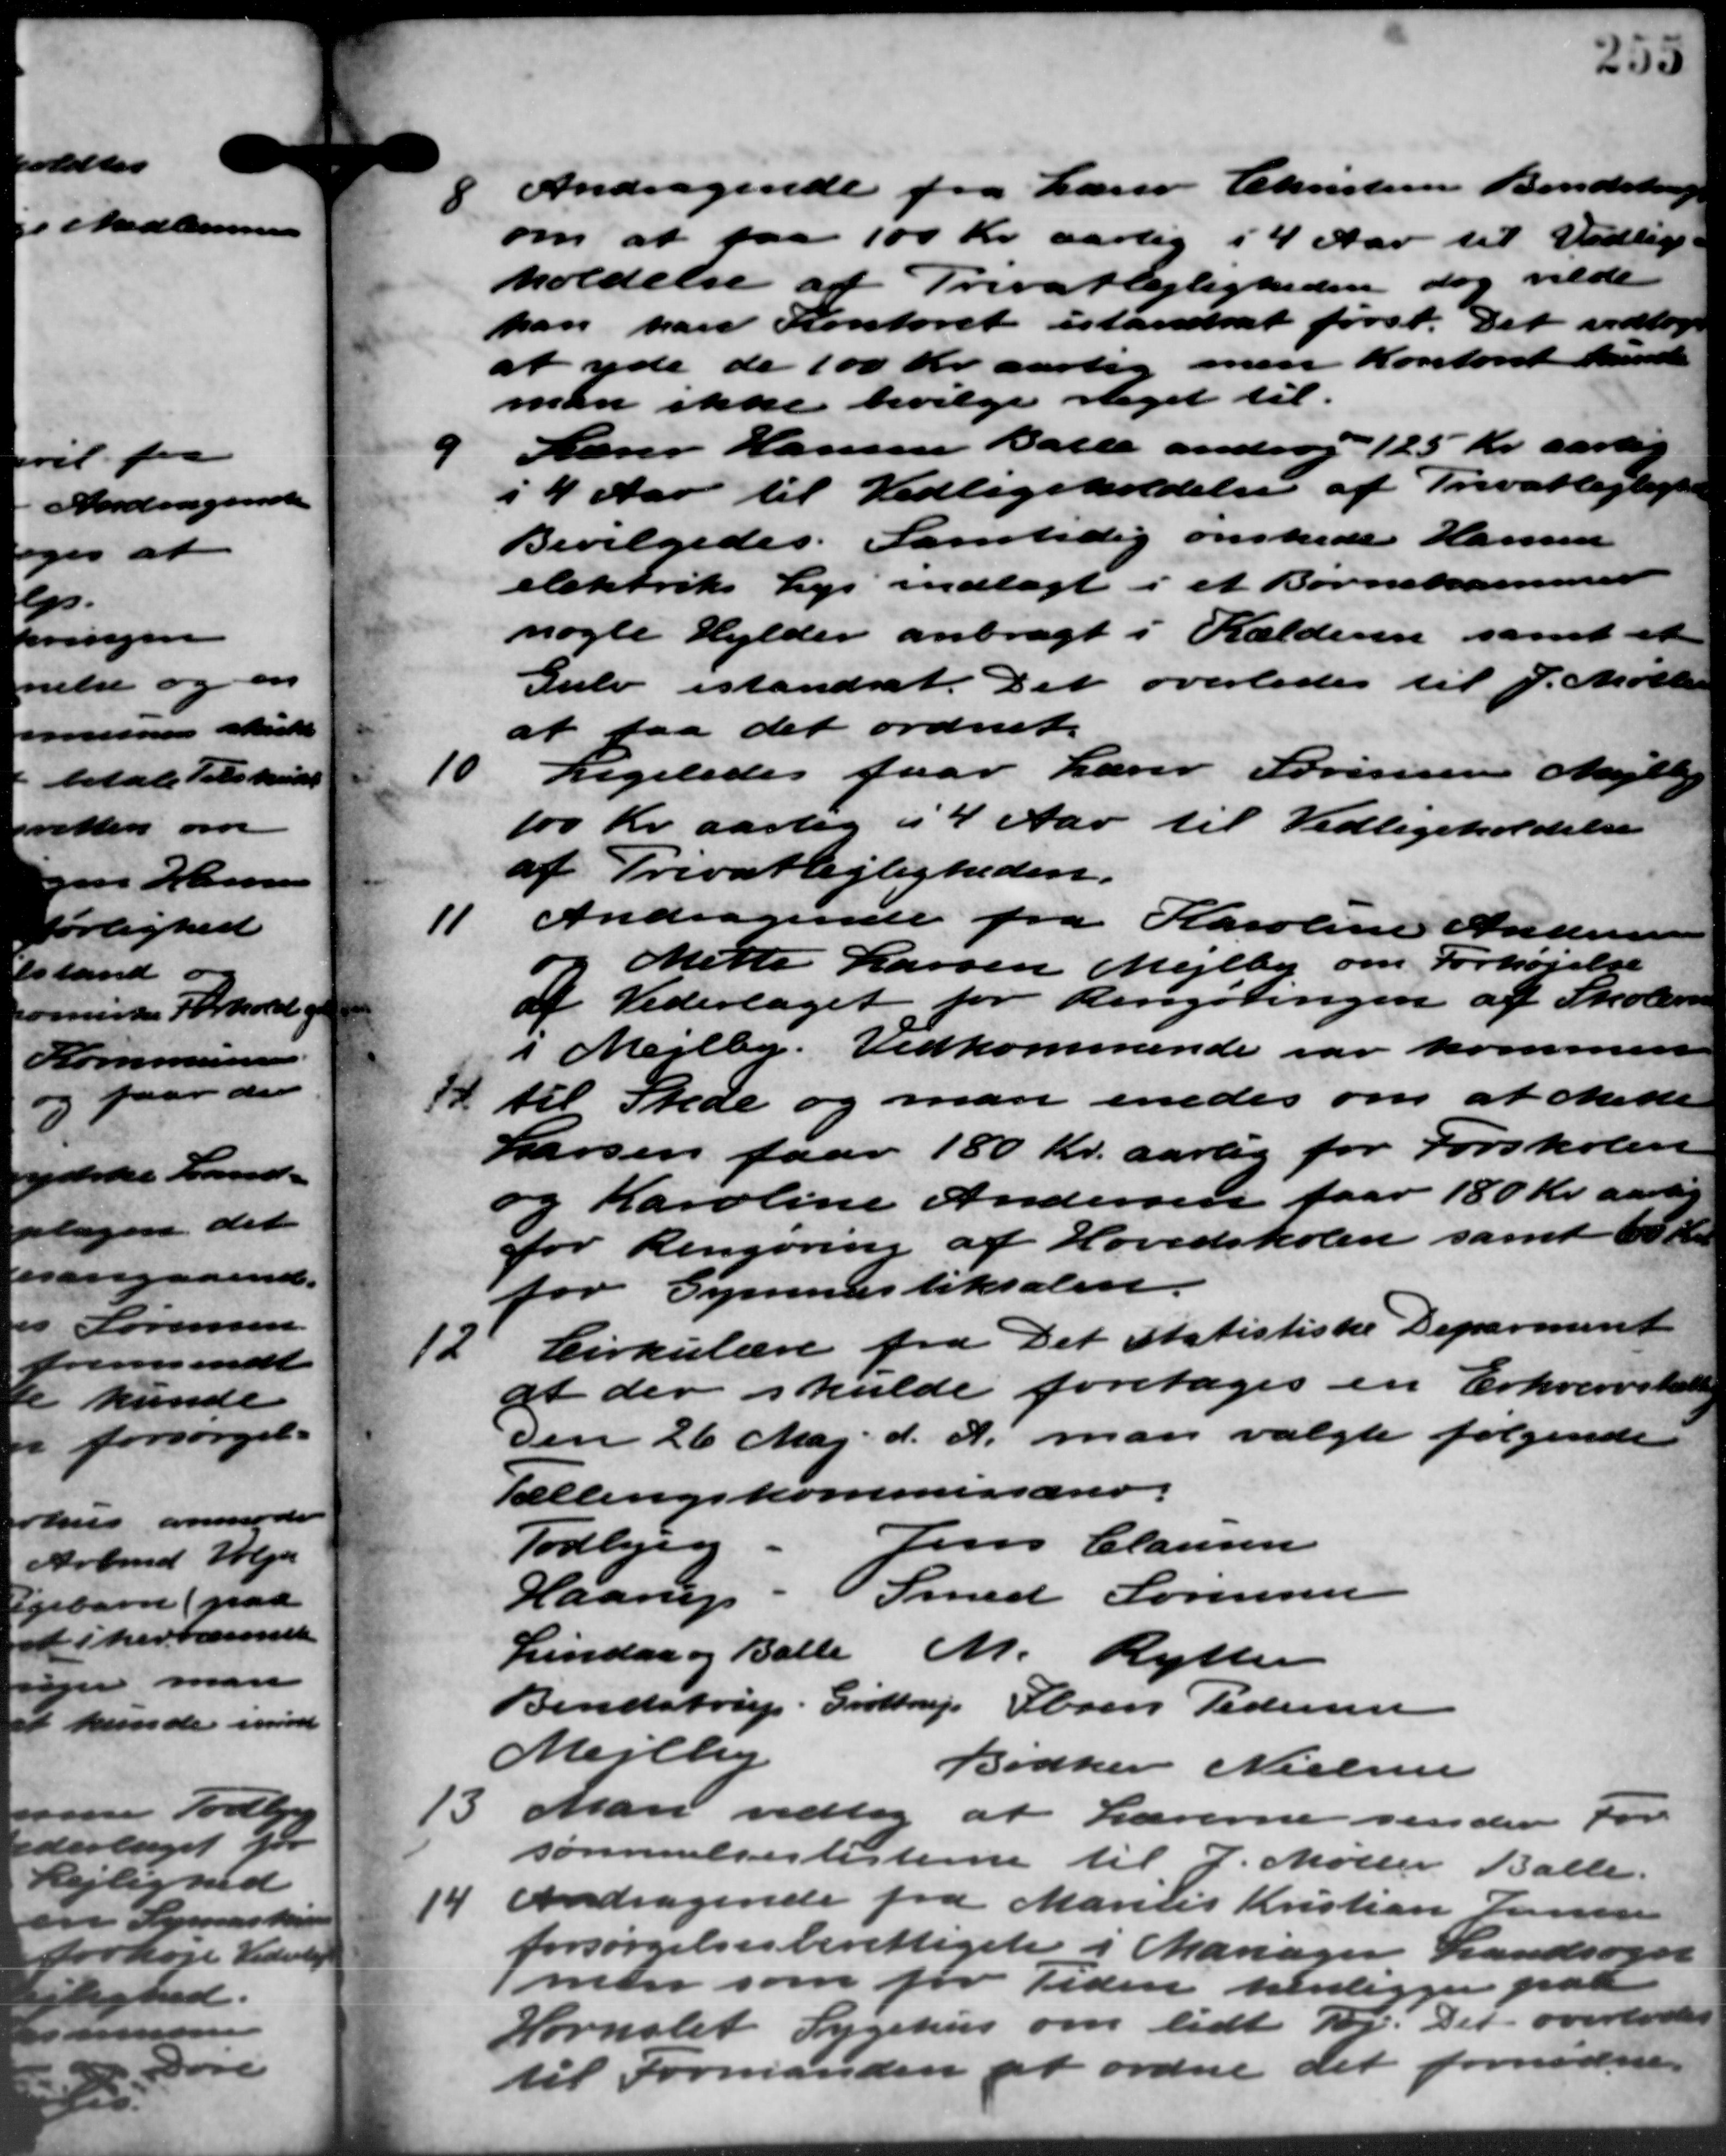
Transskription:
8 Andragende fra Lærer Christensen Bendstrup
8 Andragende fra Lærer Christensen Bendstrup
om at faa 100 Kr. aarlig i 4 Aar til Vedlige
holdelse af Privatlejligheden dog vilde
kan han Kontoret istandsat først. Det vedtog
at yde de 100 Kr aarlig men Kontoret kunde
man ikke bevilge reget til
9
Larer Hansen Balle androg 125 Kr. aarlig
i 4 Aar til Vedligeholdelse af Privatlejlighe
Bevilgedes. Samtidig ønskede Hansen
elektriks Lys indlagt i et Børnehammer
nogle Hylder anbragt i Kælderen samt et
Gulv istandsat. Det overledes til J. Møller
at faa det ordnet.
10
Ligeledes faar Lærer Sørensen Mejlby
100 Kr. aarlig i 4 Aar til Vedligeholdelse
af Privatlejligheden.
11
Andragende fra Karoline Andersen
Mette Larsen Mejlby om Forhøjelse
af Vederlaget for Rengøringen af Skolerne
I Mejlby. Vedkommende var kommen
til Stede og man enedes om at Mette
Larsen faar 180 Kr. aarlig for Forskolen
og Karoline Andersen faar 180 Kr. aarlig
for Rengøring af Hovedskolen samt 60 Kr.
for Gymnastiksalen.
12
Cirkulære fra Det statistiske Deparment
at der skulde foretages en Erhvervskatning
den 26 Maj d. A. man valgte følgende
Tællingskommissærer.
Jens Clausen
Todbjerg.
Haarup Smed Sørensen
Lindaa og Balle M. Rytter
Bendstrup. Grøttrup Obren Pedersen
Mejlby
Bødker Nielsen
13
Man vedtog at Lærerne sender For
sømmelseslisterne til J. Møller Balle.
14
Andragende fra Marius Kristian Jensen
forsørgelsesberettiget i Mariager Landsøger
man som for Tiden henligger paa
Hornslet Sygehus om lidt Tøj. Det overlodes
til Formanden at ordne det fornødne